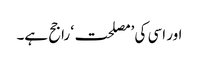
اور اسی کی ’مصلحت‘ راجح ہے۔